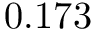
0 . 1 7 3